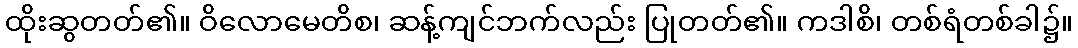
ထိုးဆွတတ်၏။ ဝိလောမေတိစ၊ ဆန့်ကျင်ဘက်လည်း ပြုတတ်၏။ ကဒါစိ၊ တစ်ရံတစ်ခါ၌။